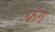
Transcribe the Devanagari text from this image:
फॅग